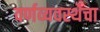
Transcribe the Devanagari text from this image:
वर्णव्यवस्थेचा